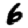
Digit: 6